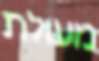
מעולת